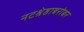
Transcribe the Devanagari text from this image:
नटश्रेष्ठाबरोबर